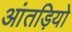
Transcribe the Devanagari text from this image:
आंतड़ियो